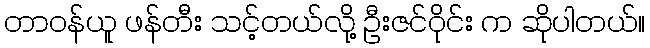
တာဝန်ယူ ဖန်တီး သင့်တယ်လို့ ဦးဇင်ဝိုင်း က ဆိုပါတယ်။